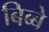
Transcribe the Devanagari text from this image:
बिब्बे